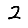
Digit: 2